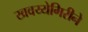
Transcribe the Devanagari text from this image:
खवय्येगिरीने